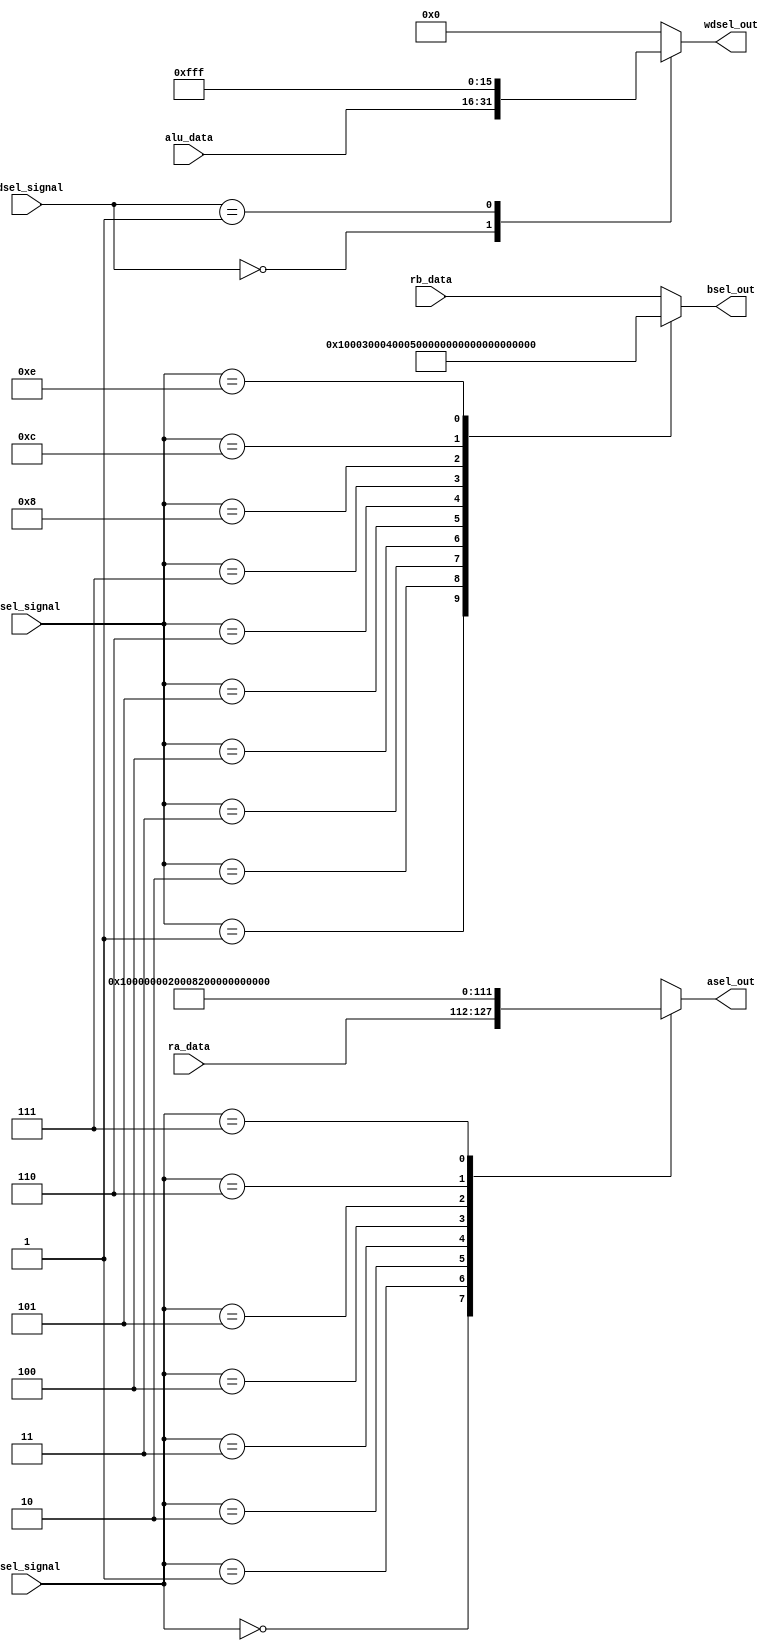
/*
   This file was generated automatically by Alchitry Labs version 1.2.7.
   Do not edit this file directly. Instead edit the original Lucid source.
   This is a temporary file and any changes made to it will be destroyed.
*/

module sel_mux_9 (
    input [15:0] ra_data,
    input [15:0] rb_data,
    input [15:0] alu_data,
    input [2:0] asel_signal,
    input [3:0] bsel_signal,
    input [1:0] wdsel_signal,
    output reg [15:0] asel_out,
    output reg [15:0] bsel_out,
    output reg [15:0] wdsel_out
  );
  
  
  
  always @* begin
    asel_out = 16'h0000;
    bsel_out = 16'h0000;
    wdsel_out = 16'h0000;
    
    case (asel_signal)
      2'h0: begin
        asel_out = ra_data;
      end
      2'h1: begin
        asel_out = 16'h0001;
      end
      2'h2: begin
        asel_out = 16'h0000;
      end
      2'h3: begin
        asel_out = 16'h0002;
      end
      3'h4: begin
        asel_out = 16'h0008;
      end
      3'h5: begin
        asel_out = 16'h2222;
      end
      3'h6: begin
        asel_out = 16'hf000;
      end
      3'h7: begin
        asel_out = 16'h8000;
      end
      default: begin
        asel_out = ra_data;
      end
    endcase
    
    case (bsel_signal)
      3'h0: begin
        bsel_out = rb_data;
      end
      3'h1: begin
        bsel_out = 16'h0000;
      end
      3'h2: begin
        bsel_out = 16'h0001;
      end
      3'h3: begin
        bsel_out = 16'h0003;
      end
      3'h4: begin
        bsel_out = 16'h0004;
      end
      3'h5: begin
        bsel_out = 16'h0005;
      end
      3'h6: begin
        bsel_out = 16'h0006;
      end
      3'h7: begin
        bsel_out = 16'h0007;
      end
      4'h8: begin
        bsel_out = 16'h0008;
      end
      4'hc: begin
        bsel_out = 16'h000c;
      end
      4'he: begin
        bsel_out = 16'hffff;
      end
      default: begin
        bsel_out = rb_data;
      end
    endcase
    
    case (wdsel_signal)
      2'h0: begin
        wdsel_out = alu_data;
      end
      2'h1: begin
        wdsel_out = 16'h0fff;
      end
      2'h2: begin
        wdsel_out = 16'h0000;
      end
    endcase
  end
endmodule